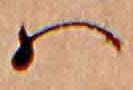
ハ